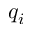
q _ { i }